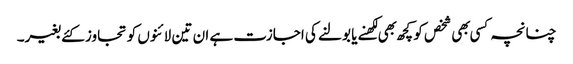
چنانچہ کسی بهی شخص کو کچھ بهی لکهنے یا بولنے کی اجازت ہے ان تین لائنوں کو تجاوز کئے بغیر۔